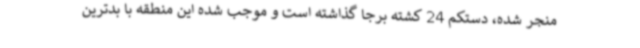
منجر شده، دستکم 24 کشته برجا گذاشته است و موجب شده این منطقه با بدترین